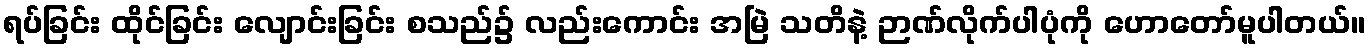
ရပ်ခြင်း ထိုင်ခြင်း လျောင်းခြင်း စသည်၌ လည်းကောင်း အမြဲ သတိနဲ့ ဉာဏ်လိုက်ပါပုံကို ဟောတော်မူပါတယ်။